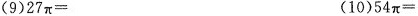
(9)27π= (10)54π=